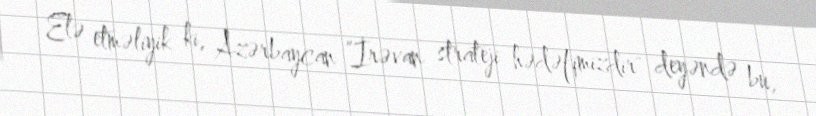
Elə etməliyik ki, Azərbaycan ”İrəvan strateji hədəfimizdir" deyəndə bu,